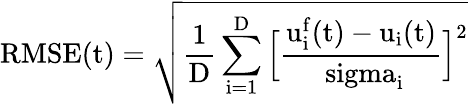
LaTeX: \mathrm{RMSE(t)=\sqrt{\frac{1}{D}\sum_{i=1}^{D}\Big[\frac{u_{i}^{f}(t)-u_{i}(t)}{\ sigma_{i}}\Big]^{2}}}